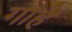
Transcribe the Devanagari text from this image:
गाहैं